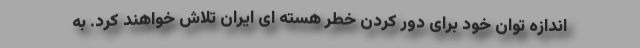
اندازه توان خود برای دور کردن خطر هسته ای ایران تلاش خواهند کرد. به